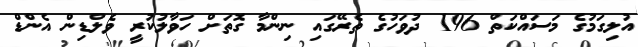
އުލިގަމުގެ މަސައްކަތް 196 ދުވަހުގެ ތެރޭގައި ނިންމާ ގޮތަށް ހަވާލުކުރީ ވެލްޑިން އެންޑް